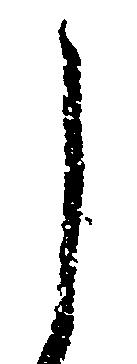
し